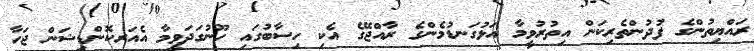
ރައްޔިތުންގެ ފުދުންތެރިކަން އިތުރުވީމާ އަޅުގަނޑުމެންގެ ރާއްޖޭގެ އެކި ހިސާބުގައި ހޫނުގަދަވީމާ އެއަރކޮންޑިޝަން ޖަހާ